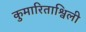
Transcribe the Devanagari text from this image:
कुमारिताश्विली